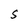
Character: S